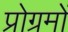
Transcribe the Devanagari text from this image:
प्रोग्रमों